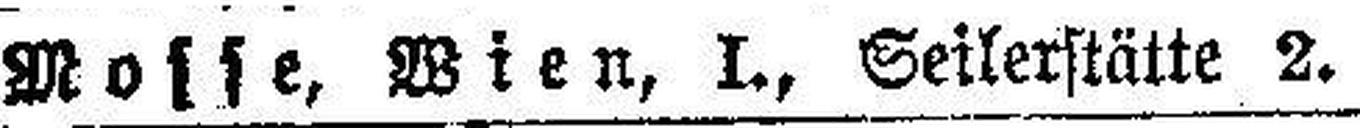
Mosse, Wien, I., Seilerstätte 2.